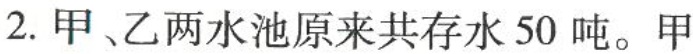
2.甲、乙两水池原来共存水50吨。甲